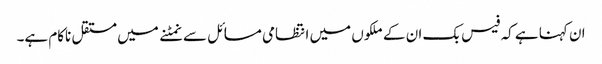
ان کہنا ہے کہ فیس بک ان کے ملکوں میں انتظامی مسائل سے نمٹنے میں مستقل ناکام ہے۔